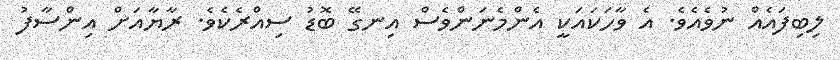
ލިބިފައެއް ނުވެއެވެ. އެ ވާހަކައަކީ އެންމެނަންވެސް އިނގޭ ބޮޑު ސިއްރެކެވެ. ރާޔާއަށް އިންސާފު